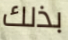
بذلك